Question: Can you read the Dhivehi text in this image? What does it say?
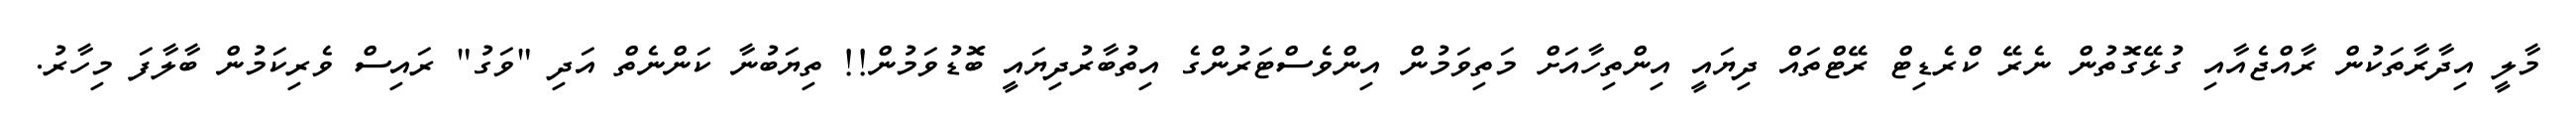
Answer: މާލީ އިދާރާތަކުން ރާއްޖެއާއި ގުޅޭގޮތުން ނެރޭ ކްރެޑިޓް ރޭޓްތައް ދިޔައީ އިންތިހާއަށް މަތިވަމުން އިންވެސްޓަރުންގެ އިތުބާރުދިޔައީ ބޮޑުވަމުން!! ތިޔަބުނާ ކަންނެތް އަދި "ވަގު" ރައިސް ވެރިކަމުން ބާލާފަ މިހާރު.